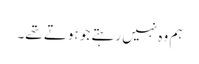
ہم وہ نہیں رہتے جو ہوتے تھے۔